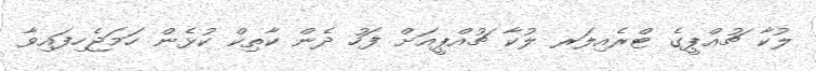
ލުކާ ޗުއްޕީގެ ޓްރެއިލަރ ލުކާ ޗުއްޕީއަށް ފަހު ދެން ކާތިކް ކުޅެން ހަމަޖެހިފައިވާ